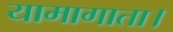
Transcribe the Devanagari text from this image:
यामागाता।